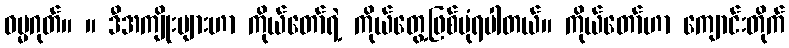
ဓမ္မဂုတ်။ ။ ဒီအကျိုးများဟာ ကိုယ်တော်ရဲ့ ကိုယ်တွေ့ဖြစ်ပုံရပါတယ်။ ကိုယ်တော်ဟာ ကျောင်းတိုက်